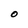
Character: O